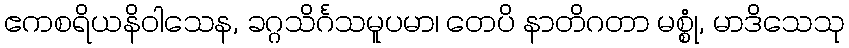
ဧကစရိယနိဝါသေန, ခဂ္ဂသိင်္ဂသမူပမာ၊ တေပိ နာတိဂတာ မစ္စုံ, မာဒိသေသု